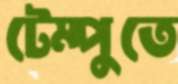
টেম্পুতে